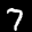
Label: 7